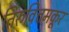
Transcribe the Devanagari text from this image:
तिरुवित्तमकूर